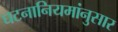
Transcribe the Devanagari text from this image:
घटनानियमांनुसार